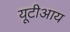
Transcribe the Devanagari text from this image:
यूटीआय